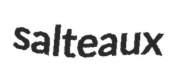
salteaux